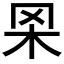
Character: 𦊋